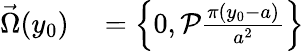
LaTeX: \begin{array}{rl}{\vec{\Omega}(y_{0})}&{{}=\left\{ 0,\mathcal{P}\frac{\pi(y_{0}-a)}{a^{2}}\right\} }\end{array}